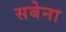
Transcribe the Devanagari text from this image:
सबेना